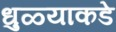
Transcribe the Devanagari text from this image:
धुळ्याकडे